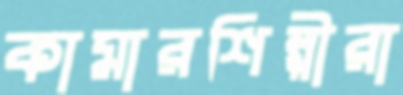
কামারশিল্পীরা